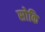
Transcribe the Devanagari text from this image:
सोकि